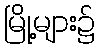
မြို့များ၌